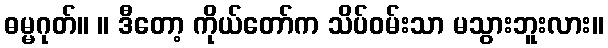
ဓမ္မဂုတ်။ ။ ဒီတော့ ကိုယ်တော်က သိပ်ဝမ်းသာ မသွားဘူးလား။